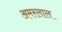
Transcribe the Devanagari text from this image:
अमरलाल